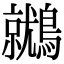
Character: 𪆩